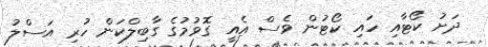
ދަށު ކޯޓާއި ހައި ކޯޓުން ވެސް އެއީ ގޮވުމުގެ ގާބިލްކަން ހުރި އަސްލު